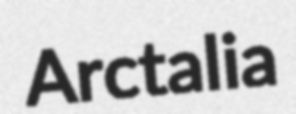
Arctalia